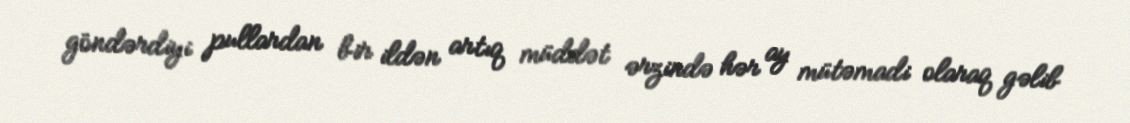
göndərdiyi pullardan bir ildən artıq müddət ərzində hər ay mütəmadi olaraq gəlib